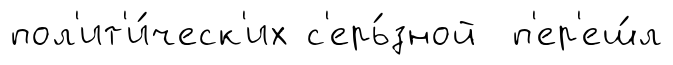
пол'ит'и́ческ'их с'ерь́зной п'ер'еш́л